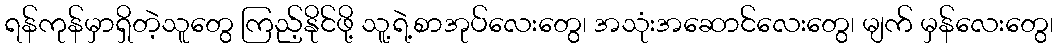
ရန်ကုန်မှာရှိတဲ့သူတွေ ကြည့်နိုင်ဖို့ သူ့ရဲ့စာအုပ်လေးတွေ၊ အသုံးအဆောင်လေးတွေ၊ မျက် မှန်လေးတွေ၊